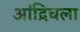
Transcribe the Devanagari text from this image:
आंद्रिचला